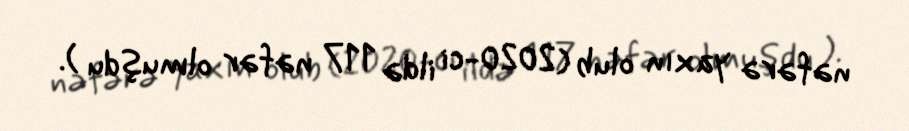
nəfərə yaxın olub (2020-ci ildə 117 nəfər olmuşdu ).